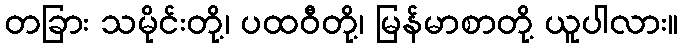
တခြား သမိုင်းတို့၊ ပထဝီတို့၊ မြန်မာစာတို့ ယူပါလား။